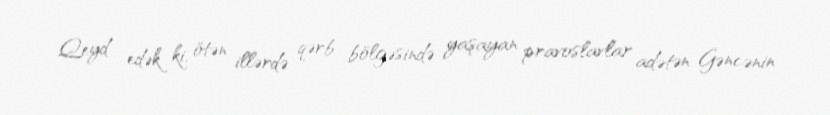
Qeyd edək ki, ötən illərdə qərb bölgəsində yaşayan pravoslavlar adətən Gəncənin